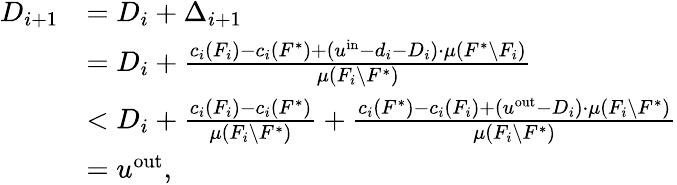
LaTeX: \begin{array}{rl}{D_{i+1}}&{=D_{i}+\Delta_{i+1}}\\ {}&{=D_{i}+\frac{c_{i}(F_{i})-c_{i}(F^{*})+(u^{\mathrm{in}}-d_{i}-D_{i})\cdot\mu(F^{*}\setminus F_{i})}{\mu(F_{i}\setminus F^{*})}}\\ {}&{<D_{i}+\frac{c_{i}(F_{i})-c_{i}(F^{*})}{\mu(F_{i}\setminus F^{*})}+\frac{c_{i}(F^{*})-c_{i}(F_{i})+(u^{\mathrm{out}}-D_{i})\cdot\mu(F_{i}\setminus F^{*})}{\mu(F_{i}\setminus F^{*})}}\\ {}&{=u^{\mathrm{out}},}\end{array}